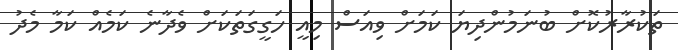
ތަކުރާރުކޮށް ބުނަމުންދިޔަ ކަމަށް ވިއަސް މިއީ ހަގީގަތަކަށް ވެދާނެ ކަމެއް ކަމާ މެދު